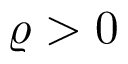
\varrho > 0